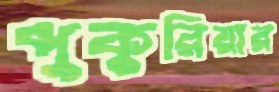
পুকুরিয়ার